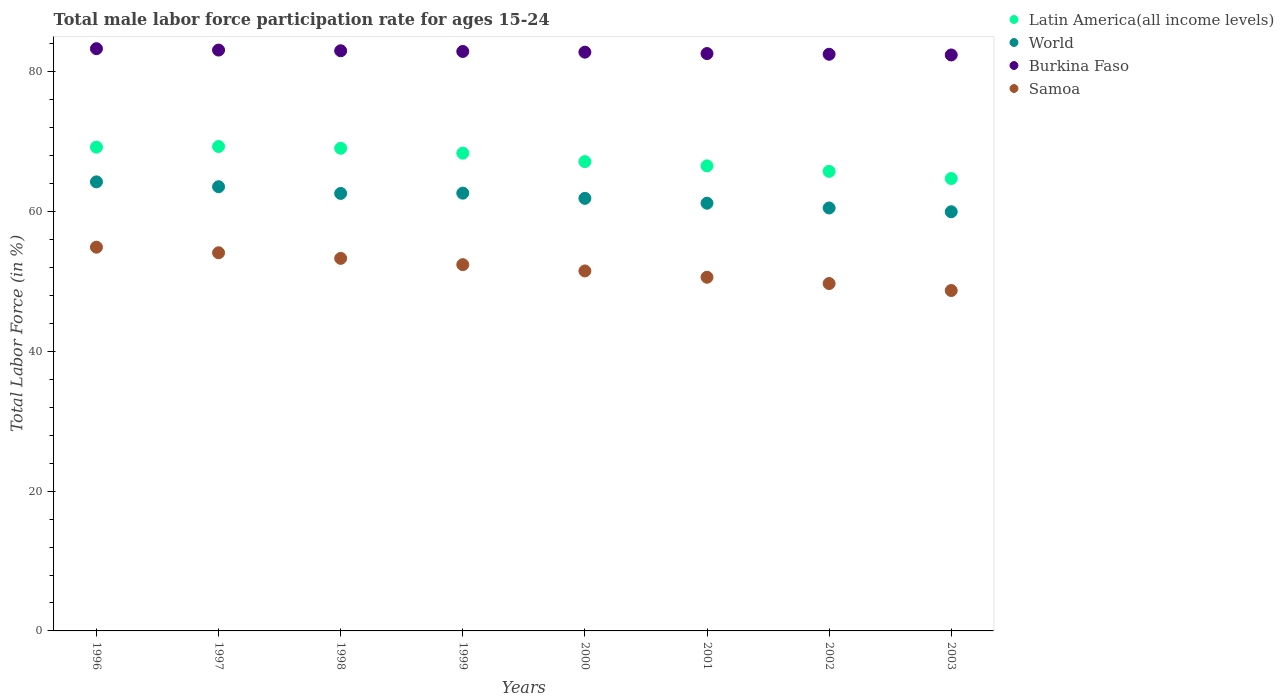
| Years | Latin America(all income levels) | World | Burkina Faso | Samoa |
 | --- | --- | --- | --- | --- |
 | 1996 | 69.2 | 64.2 | 83.3 | 54.9 |
 | 1997 | 69.3 | 63.5 | 83.1 | 54.1 |
 | 1998 | 69 | 62.6 | 83 | 53.3 |
 | 1999 | 68.4 | 62.6 | 82.9 | 52.4 |
 | 2000 | 67.1 | 61.9 | 82.8 | 51.5 |
 | 2001 | 66.5 | 61.2 | 82.6 | 50.6 |
 | 2002 | 65.7 | 60.5 | 82.5 | 49.7 |
 | 2003 | 64.7 | 60 | 82.4 | 48.7 |